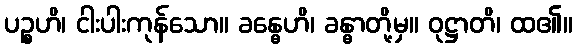
ပဉ္စဟိ၊ ငါးပါးကုန်သော။ ခန္ဓေဟိ၊ ခန္ဓာတို့မှ။ ဝုဋ္ဌာတိ၊ ထ၏။